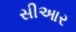
સીઆર